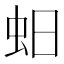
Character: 蚎